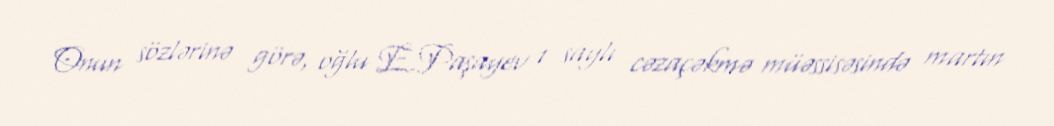
Onun sözlərinə görə, oğlu E.Paşayev 1 saylı cəzaçəkmə müəssisəsində martın